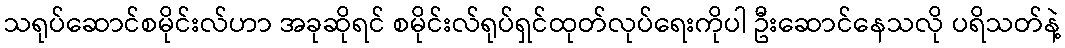
သရုပ်ဆောင်စမိုင်းလ်ဟာ အခုဆိုရင် စမိုင်းလ်ရုပ်ရှင်ထုတ်လုပ်ရေးကိုပါ ဦးဆောင်နေသလို ပရိသတ်နဲ့